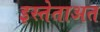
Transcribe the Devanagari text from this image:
इस्तेताअत